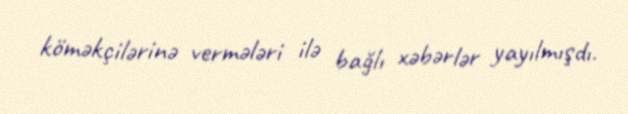
köməkçilərinə vermələri ilə bağlı xəbərlər yayılmışdı.